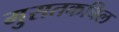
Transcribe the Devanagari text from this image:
मुसतकबिल